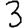
Digit: 3